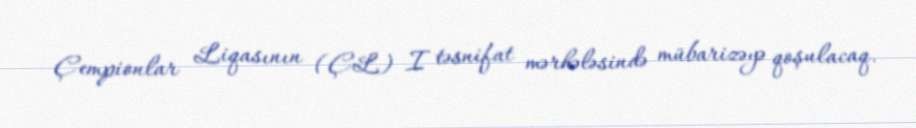
Çempionlar Liqasının (ÇL) I təsnifat mərhələsində mübarizəyə qoşulacaq.